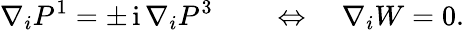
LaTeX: \nabla_{i}P^{1}=\pm\, \mathrm{i}\, \nabla_{i}P^{3}\qquad\Leftrightarrow\quad\nabla_{i}W=0.